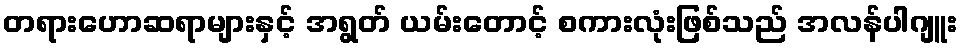
တရားဟောဆရာများနှင့် အရွတ် ယမ်းတောင့် စကားလုံးဖြစ်သည် အလန်ပါဂျူး